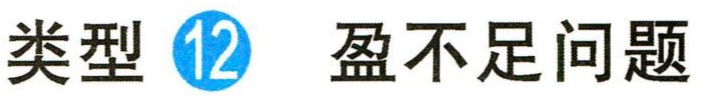
类型 \textcircled{12} 盈不足问题